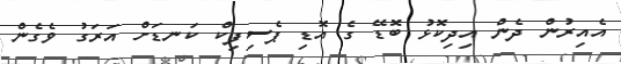
އެއިރުން ދެން އިދިކޮޅު ބޮޑޭ ގެ އޮޑި ޕެސިފިކް ކަނޑަށް އަރަގު ވެގެން